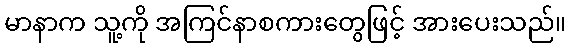
မာနာက သူ့ကို အကြင်နာစကားတွေဖြင့် အားပေးသည်။